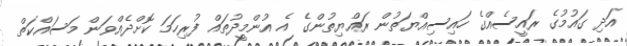
އަދި ގައުމުގެ ރައީސެއްގެ ހައިސިއްޔަތުން ރައްޔިތުންގެ އެ އުންމީދުތައް ފުރިހަމަ ކޮށްދެއްވަން މަސައްކަތް